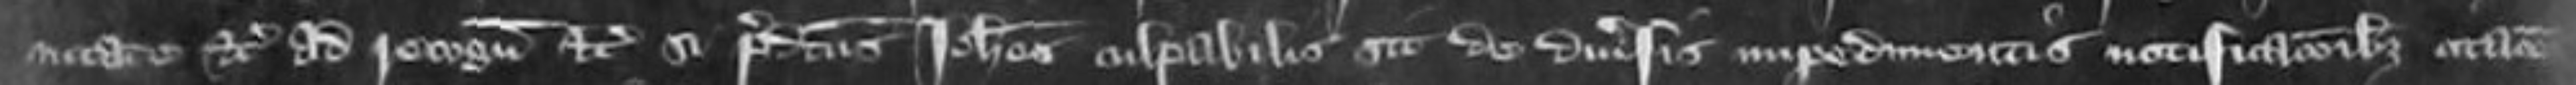
capabilis etc ad recognoscendum etc si predictus Johannes culpabilis sit de diversis impedimentis notificationibus citationes